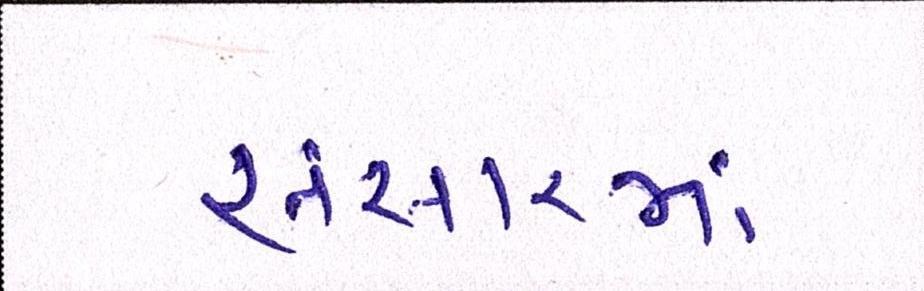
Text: સંસારમાં